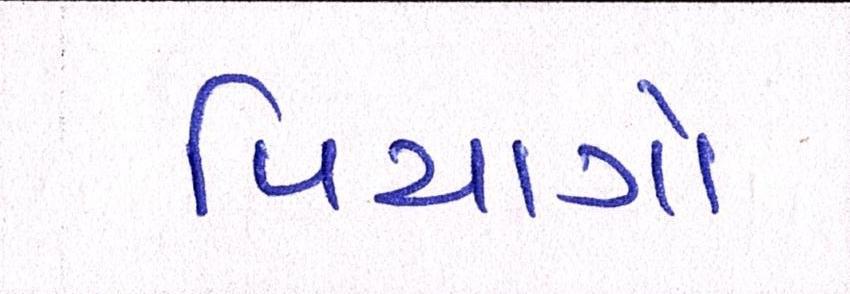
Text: પિયાગો